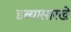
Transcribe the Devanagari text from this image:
डब्यासारखे